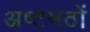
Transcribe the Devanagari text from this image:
अष्टमठों